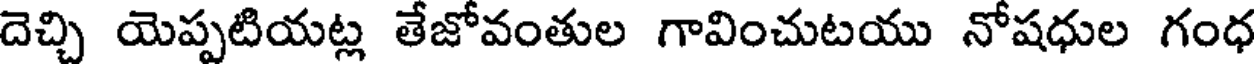
దెచ్చి యెప్పటియట్ల తేజోవంతుల గావించుటయు నోషధుల గంధ